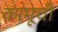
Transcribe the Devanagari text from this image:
कामूची